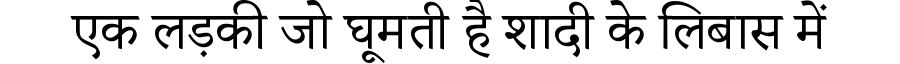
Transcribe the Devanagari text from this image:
एक लड़की जो घूमती है शादी के लिबास में